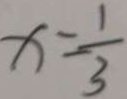
x = \frac { 1 } { 3 }